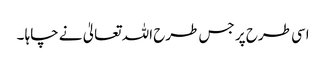
اسی طرح پر جس طرح اللہ تعالیٰ نے چاہا ۔